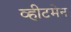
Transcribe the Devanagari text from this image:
व्हीटमेन